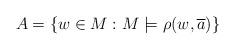
LaTeX: \begin{align*}A=\{w\in M: M\models \rho(w, \overline{a})\}\end{align*}